Leucocytozoon canis - Number 26
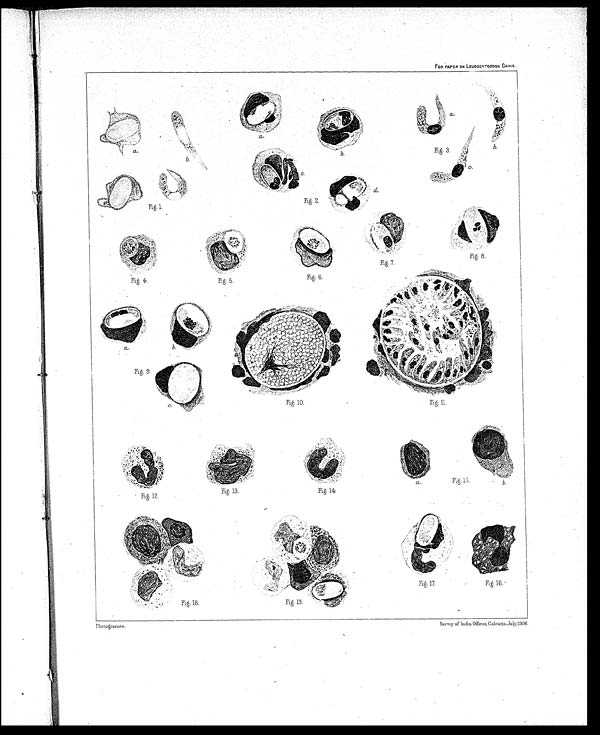
Fig: 1.
Fig: 2.
Fig: 5.
Fig: 4.
Fig: 15.
Fig: 14.
Fig. 13.
Fig. 12.
Fig: 17.
Fig.16.
Fig: 18.
Fig: 19.
FOR PAPER ON LEUCOCYTOZOON CANIS.
Fig. 3.
Fig: 8.
Fig: 7.
Fig: 6.
Fig: 9.
Fig: 10.
Fig: 11.
P h o t o g r a v u r e
Surrey of India, Offices, Calcutta, July, 19 06.